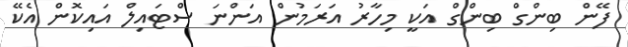
ފޭން ބިންގް ބިންގް އަކީ މިހާރު އަރަމުން އަންނަ ސްޓައިލް އައިކޮން އެކޭ